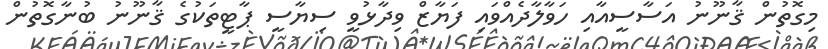
މިގޮތުން ޤާނޫނު އަސާސީއާއި ހަވާލާދެއްވައި ފަޔާޒް ވިދާޅުވީ ސިޔާސީ ޕާޓީތަކުގެ ޤާނޫނު ބުނާގޮތުން